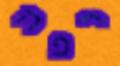
רפה